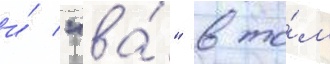
и́ "ва́" в то́м